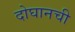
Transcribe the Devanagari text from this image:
दोघानची